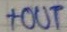
Text: +OUT